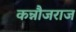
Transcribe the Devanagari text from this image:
कन्नौजराज